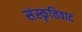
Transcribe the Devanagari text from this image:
संस्कृतिवाद